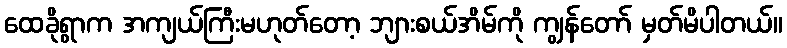
ထေခိုရွာက အကျယ်ကြီးမဟုတ်တော့ ဘျားစယ်အိမ်ကို ကျွန်တော် မှတ်မိပါတယ်။